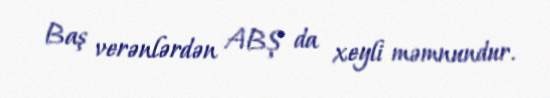
Baş verənlərdən ABŞ da xeyli məmnundur.